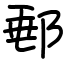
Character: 郵